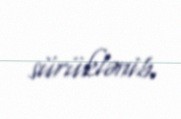
sürüklənib.